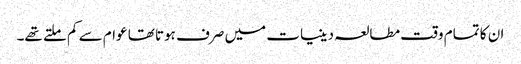
ان کا تمام وقت مطالعہ دینیات میں صرف ہوتا تھا عوام سے کم ملتے تھے۔